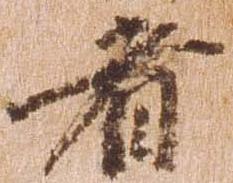
者